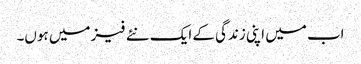
اب میں اپنی زندگی کے ایک نئے فیز میں ہوں۔